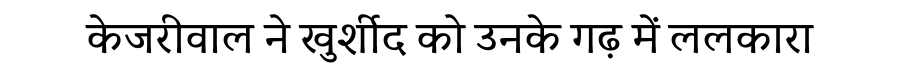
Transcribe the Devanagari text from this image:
केजरीवाल ने खुर्शीद को उनके गढ़ में ललकारा